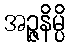
အဉ္ဇနိမ္ပိ